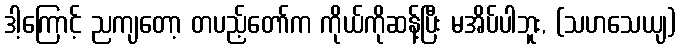
ဒါ့ကြောင့် ညကျတော့ တပည့်တော်က ကိုယ်ကိုဆန့်ပြီး မအိပ်ပါဘူး, (သဟသေယျ)